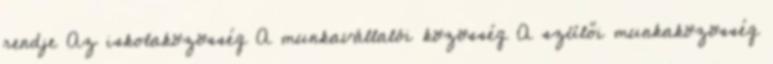
rendje Az iskolaközösség A munkavállalói közösség A szülői munkaközösség